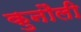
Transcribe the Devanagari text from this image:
कुनौली